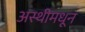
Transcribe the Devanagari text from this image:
अस्थीमधून